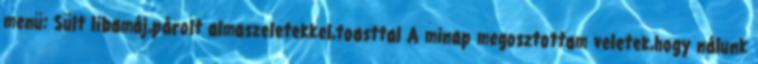
menü: Sült libamáj,párolt almaszeletekkel,toasttal A minap megosztottam veletek,hogy nálunk